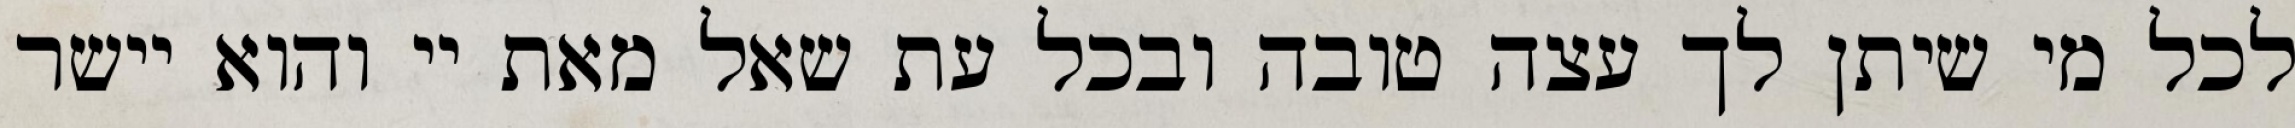
לכל מי שיתן לך עצה טובה ובכל עת שאל מאת יי והוא יישר